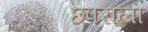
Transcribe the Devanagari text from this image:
छपराला